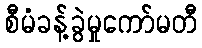
စီမံခန့်ခွဲမှုကော်မတီ